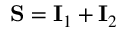
\mathbf { S } = \mathbf { I } _ { 1 } + \mathbf { I } _ { 2 }